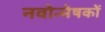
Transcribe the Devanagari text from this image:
नवोन्मेषकों